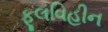
ફૂલવિહીન